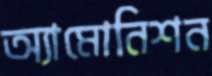
অ্যামোনিশন